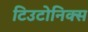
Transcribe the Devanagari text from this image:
टिउटोनिक्स